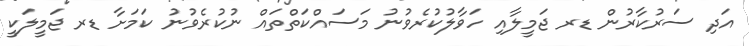
އަދި ސަރުކާރުން ޑރ ޖަމީލާއި ހަވާލުކުރެވުނު މަަސައްކަތްތައް ނުކުރެވުނު ކަމަށާ ޑރ ޖަމީލަކީ